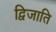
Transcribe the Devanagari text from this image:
द्विजाति